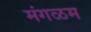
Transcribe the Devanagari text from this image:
मंगळम